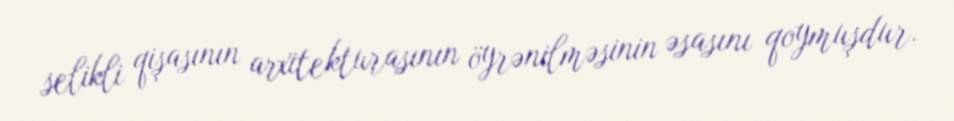
selikli qişasının arxitekturasının öyrənilməsinin əsasını qoymuşdur.